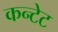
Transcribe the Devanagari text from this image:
कन्टेट